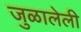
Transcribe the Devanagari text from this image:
जुळालेली